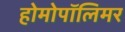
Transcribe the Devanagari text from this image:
होमोपॉलिमर